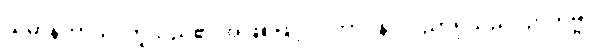
သမာနတာယ၊ တူသည်၏ အဖြစ်ဖြင့်။ ဝိဘာဝိနာ၊ ပညာရှိသည်။ ဉာတဗ္ဗာ၊